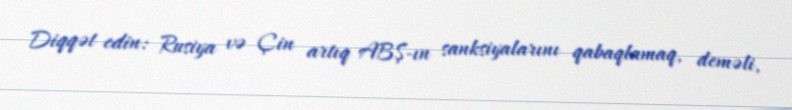
Diqqət edin: Rusiya və Çin artıq ABŞ-ın sanksiyalarını qabaqlamaq, deməli,